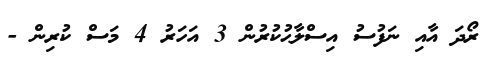
ރޯދަ އާއި ނަފުސު އިސްލާޙުކުރުން 3 އަހަރު 4 މަސް ކުރިން -